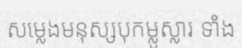
សម្លេងមនុស្សបុកម្លូស្លារ ទាំង